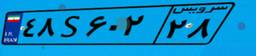
۴۸S۶۰۲۲۸